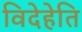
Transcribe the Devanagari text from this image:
विदेहेति